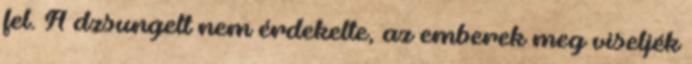
fel. A dzsungelt nem érdekelte, az emberek meg viseljék